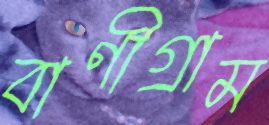
বাণীগ্রাম